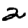
Digit: 2